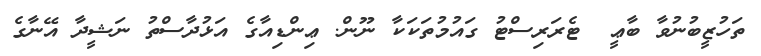
ތަހުޒީބުނުވާ ބާޢީ  ޓެރަރިސްޓު ގައުމުތަކަކާ ނޫން. ޢިންޑިއާގެ އަޅުދާސްތު ނަޝީދާ އޭނާގެ